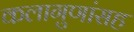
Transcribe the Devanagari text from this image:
कलागुणांसह